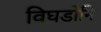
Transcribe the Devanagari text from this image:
विघडोनि